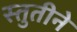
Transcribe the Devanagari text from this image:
स्तुतीने